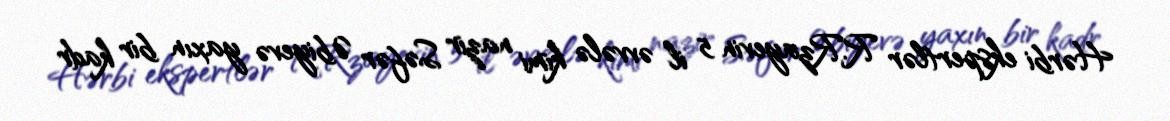
Hərbi ekspertlər R.Rzayevin 5 il əvvələ kimi nazir Səfər Əbiyevə yaxın bir kadr